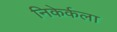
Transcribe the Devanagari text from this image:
निकेर्कला